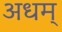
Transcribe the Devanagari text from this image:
अधम्